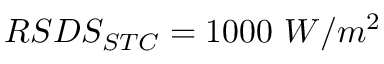
R S D S _ { S T C } = 1 0 0 0 \ W / m ^ { 2 }